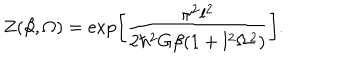
Z ( \beta , \Omega ) = \exp \left[ \frac { \pi ^ { 2 } l ^ { 2 } } { 2 \hbar ^ { 2 } G \beta ( 1 + l ^ { 2 } \Omega ^ { 2 } ) } \right] .